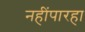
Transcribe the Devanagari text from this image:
नहींपारहा